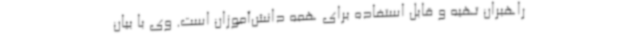
راهبران تهیه و قابل استفاده برای همه دانش‌آموزان است. وی با بیان